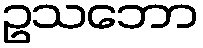
ဥသဘော